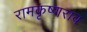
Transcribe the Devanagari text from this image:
रामकृष्णराव